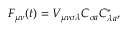
F _ { \mu \nu } \! \left( t \right) = V _ { \mu \nu \sigma \lambda } C _ { \sigma a } C _ { \lambda a } ^ { * } ,